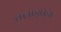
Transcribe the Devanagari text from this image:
क्लाइपेडा